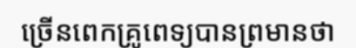
ច្រើនពេកគ្រូពេទ្យបានព្រមានថា